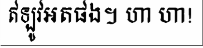
ឥឡូវអតផង។ ហា ហា!